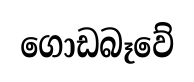
ගොඩබෑවේ